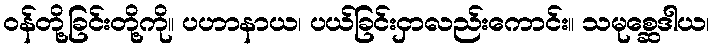
ဝန်တို့ခြင်းတို့ကို။ ပဟာနာယ၊ ပယ်ခြင်းငှာလည်းကောင်း။ သမုစ္ဆေဒါယ၊